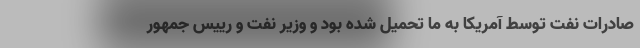
صادرات نفت توسط آمریکا به ما تحمیل شده بود و وزیر نفت و رییس جمهور